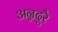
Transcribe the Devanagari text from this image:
अन्नदुरै